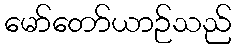
မော်တော်ယာဉ်သည်